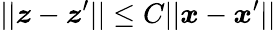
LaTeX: ||\boldsymbol{z}-\boldsymbol{z}^{\prime}||\leq C||\boldsymbol{x}-\boldsymbol{x}^{\prime}||